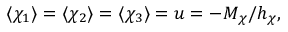
\langle \chi _ { 1 } \rangle = \langle \chi _ { 2 } \rangle = \langle \chi _ { 3 } \rangle = u = - M _ { \chi } / h _ { \chi } ,